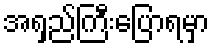
အရှည်ကြီးပြောရမှာ